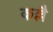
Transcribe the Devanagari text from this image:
कल्लै